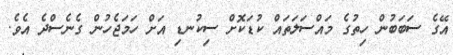
އޭގެ ސަބަބުން ހިތުގެ މައްސަލަތައް ކުޑަކޮށް ސިކުނޑި އަށް ހަމަޖެހުން ގެނެސްދެ އެވެ.